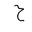
Letter: _ha